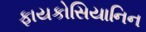
ફાયકોસિયાનિન